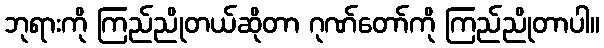
ဘုရားကို ကြည်ညိုတယ်ဆိုတာ ဂုဏ်တော်ကို ကြည်ညိုတာပါ။